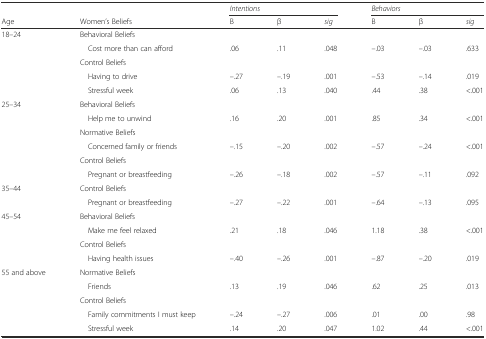
|  |  | <COLSPAN=3> Intentions | <COLSPAN=3> Behaviors |
 | Age | Women’s Beliefs | B | β | sig | B | β | sig |
 | --- | --- | --- | --- | --- | --- | --- | --- |
 | 18–24 | Behavioral Beliefs |  |  |  |  |  |  |
 |  | Cost more than can afford | .06 | .11 | .048 | –.03 | –.03 | .633 |
 |  | Control Beliefs |  |  |  |  |  |  |
 |  | Having to drive | –.27 | –.19 | .001 | –.53 | –.14 | .019 |
 |  | Stressful week | .06 | .13 | .040 | .44 | .38 | <.001 |
 | 25–34 | Behavioral Beliefs |  |  |  |  |  |  |
 |  | Help me to unwind | .16 | .20 | .001 | .85 | .34 | <.001 |
 |  | Normative Beliefs |  |  |  |  |  |  |
 |  | Concerned family or friends | –.15 | –.20 | .002 | –.57 | –.24 | <.001 |
 |  | Control Beliefs |  |  |  |  |  |  |
 |  | Pregnant or breastfeeding | –.26 | –.18 | .002 | –.57 | –.11 | .092 |
 | 35–44 | Control Beliefs |  |  |  |  |  |  |
 |  | Pregnant or breastfeeding | –.27 | –.22 | .001 | –.64 | –.13 | .095 |
 | 45–54 | Behavioral Beliefs |  |  |  |  |  |  |
 |  | Make me feel relaxed | .21 | .18 | .046 | 1.18 | .38 | <.001 |
 |  | Control Beliefs |  |  |  |  |  |  |
 |  | Having health issues | –.40 | –.26 | .001 | –.87 | –.20 | .019 |
 | 55 and above | Normative Beliefs |  |  |  |  |  |  |
 |  | Friends | .13 | .19 | .046 | .62 | .25 | .013 |
 |  | Control Beliefs |  |  |  |  |  |  |
 |  | Family commitments I must keep | –.24 | –.27 | .006 | .01 | .00 | .98 |
 |  | Stressful week | .14 | .20 | .047 | 1.02 | .44 | <.001 |